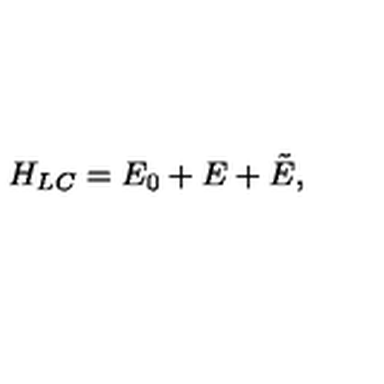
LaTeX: H _ { L C } = E _ { 0 } + E + \tilde { E } ,